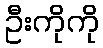
ဦးကိုကို